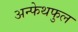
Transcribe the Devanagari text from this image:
अन्फेथफुल